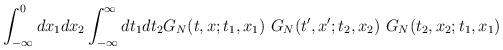
LaTeX: \begin{align*}\int_{-\infty}^{0} d x_1 d x_2 \int_{-\infty}^{\infty} d t_1 d t_2 G_N (t,x;t_1,x_1) ~ G_N (t',x';t_2,x_2) ~ G_N (t_2,x_2;t_1,x_1)\end{align*}